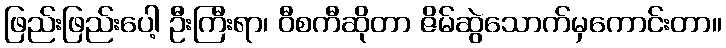
ဖြည်းဖြည်းပေါ့ ဦးကြီးရာ၊ ဝီစကီဆိုတာ ဇိမ်ဆွဲသောက်မှကောင်းတာ။